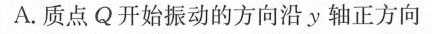
A.质点Q开始振动的方向沿ν轴正方向